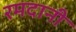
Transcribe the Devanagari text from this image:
रमदानी